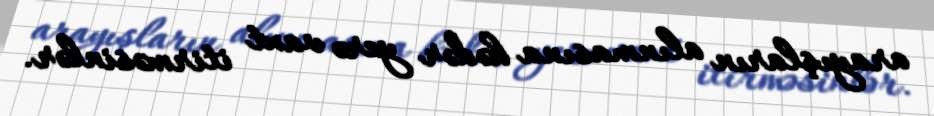
arayışların alınmasına hədər yerə vaxt itirməsinlər.